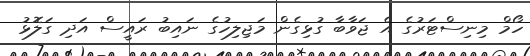
ހޯމް މިނިސްޓަރުގެ އެ ޖަވާބާ ގުޅިގެން މަޖިލިހުގެ ނައިބު ރައީސް އަދި ގަލޮޅު